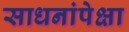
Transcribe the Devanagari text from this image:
साधनांपेक्षा